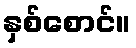
နှစ်စောင်။